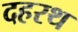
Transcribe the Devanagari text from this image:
दहरथ